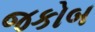
જકોબ